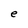
Character: e